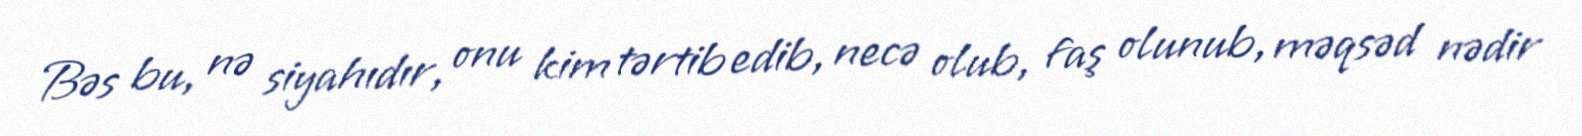
Bəs bu, nə siyahıdır, onu kim tərtib edib, necə olub, faş olunub, məqsəd nədir